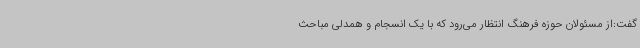
گفت:از مسئولان حوزه فرهنگ انتظار می‌رود که با یک انسجام و همدلی مباحث